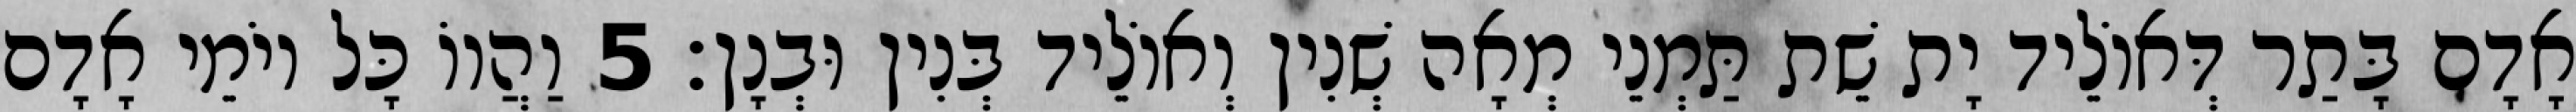
אָדָם בָּתַר דְּאוֹלֵיד יָת שֵׁת תַּמְנֵי מְאָה שְׁנִין וְאוֹלֵיד בְּנִין וּבְנָן׃ 5 וַהֲווֹ כָּל יוֹמֵי אָדָם